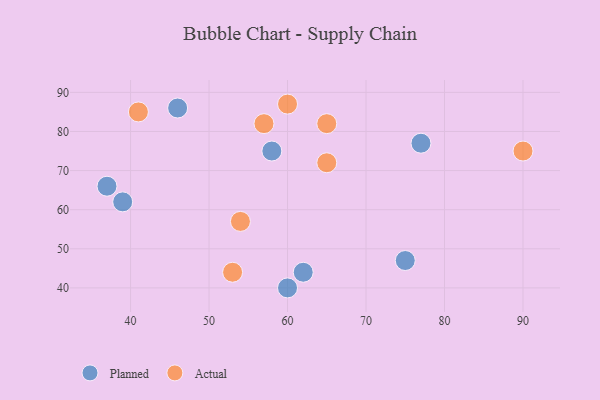
{"axis": {"x": "GDP", "y": "Life Expectancy"}, "legend": ["Actual", "Planned"], "data": [{"x": "77", "y": 77, "type": "Planned"}, {"x": "46", "y": 86, "type": "Planned"}, {"x": "37", "y": 66, "type": "Planned"}, {"x": "60", "y": 40, "type": "Planned"}, {"x": "75", "y": 47, "type": "Planned"}, {"x": "58", "y": 75, "type": "Planned"}, {"x": "39", "y": 62, "type": "Planned"}, {"x": "62", "y": 44, "type": "Planned"}, {"x": "65", "y": 82, "type": "Actual"}, {"x": "60", "y": 87, "type": "Actual"}, {"x": "90", "y": 75, "type": "Actual"}, {"x": "57", "y": 82, "type": "Actual"}, {"x": "53", "y": 44, "type": "Actual"}, {"x": "41", "y": 85, "type": "Actual"}, {"x": "65", "y": 72, "type": "Actual"}, {"x": "54", "y": 57, "type": "Actual"}]}